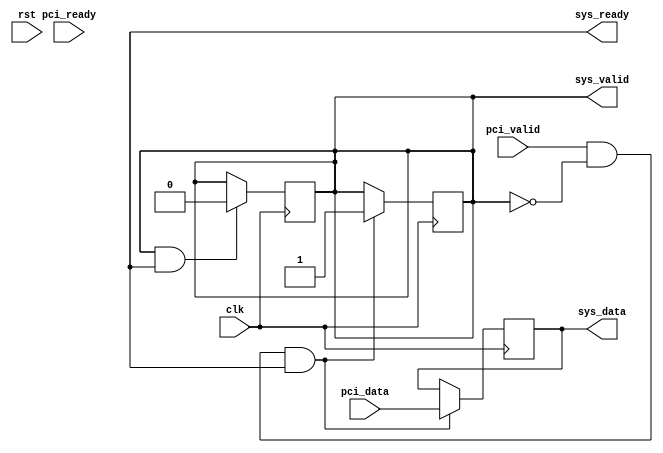
module pci_express_controller (
    input wire clk,
    input wire rst,
    input wire pci_data,
    input wire pci_valid,
    input wire pci_ready,
    output reg sys_data,
    output reg sys_valid,
    output reg sys_ready
);

// Timing Control and Synchronization blocks

// Generating and synchronizing clock signals
always @(posedge clk) begin
    // Code for generating and synchronizing clock signals
end

// Data integrity through handshaking protocols
always @(posedge clk) begin
    if (pci_valid && !sys_valid && sys_ready) begin
        sys_data <= pci_data;
        sys_valid <= 1;
    end
end

// Managing timing of data transfer operations
always @(posedge clk) begin
    if (sys_valid && sys_ready) begin
        sys_valid <= 0;
    end
end

// Error detection and correction mechanisms
// Code for error detection and correction mechanisms

// Handling clock domain crossings
// Code for handling clock domain crossings

endmodule